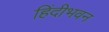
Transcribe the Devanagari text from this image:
हिंदीभवन